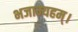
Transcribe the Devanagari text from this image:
भजाम्यहम्।